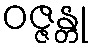
ဝဇ္ဇန္တု